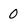
Character: 0